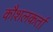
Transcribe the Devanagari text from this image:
कौशलकर्ता